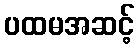
ပထမအဆင့်